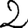
Digit: 2